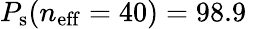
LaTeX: P_{\mathrm{s}}(n_{\mathrm{eff}}=40)=98.9\